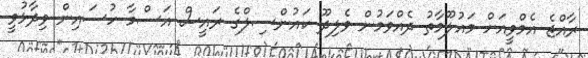
ރާއްޖެ އެމްވީއަށް މައުލޫމާތު ދެއްވަމުން ވެލިދޫ ކައުންސިލްގެ ރައީސް އަސްމާ ހުސައިން ވިދާޅުވީ